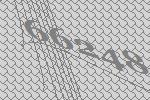
66248